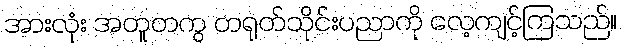
အားလုံး အတူတကွ တရုတ်သိုင်းပညာကို လေ့ကျင့်ကြသည်။